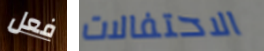
فعل الاحتفالات